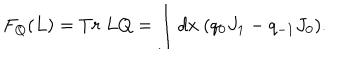
F _ { Q } ( L ) = T r { ~ } L Q = \int d x { ~ } ( q _ { 0 } J _ { 1 } - q _ { - 1 } J _ { 0 } ) .